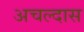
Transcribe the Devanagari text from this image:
अचल्दास